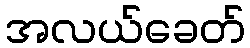
အလယ်ခေတ်